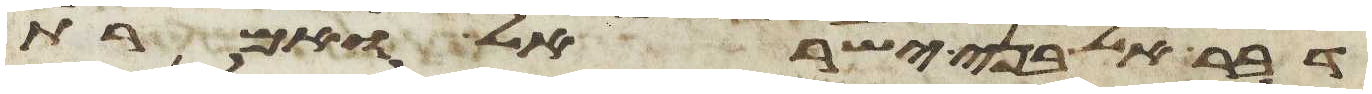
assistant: דבר אל בני ישראל ואמרת